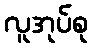
လူအုပ်စု